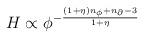
LaTeX: \begin{align*}H \propto \phi^{-\frac{(1+\eta)n_{\phi} + n_\partial -3}{1+\eta}}\end{align*}